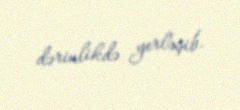
dərinlikdə yerləşib.